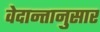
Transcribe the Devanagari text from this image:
वेदान्तानुसार